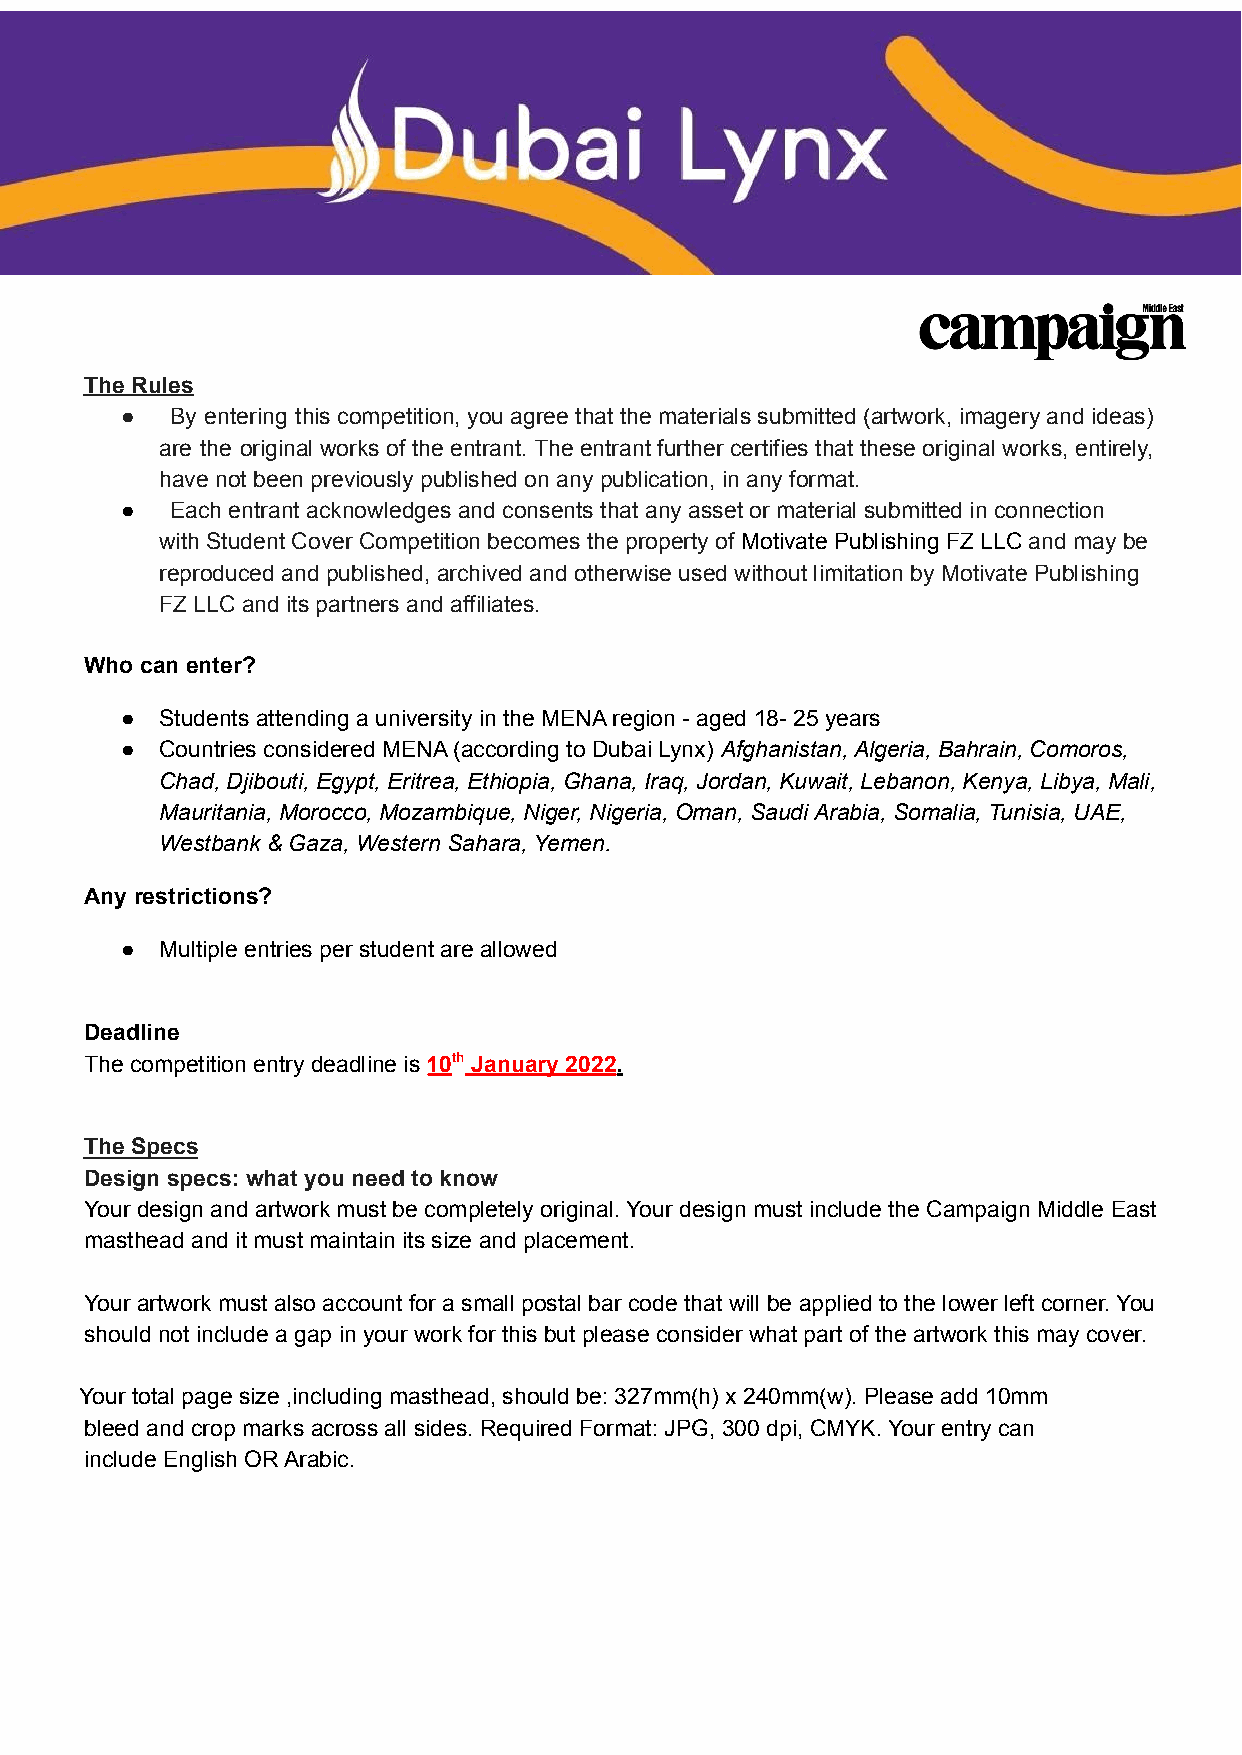
The Rules
 ●  By entering this competition, you agree that the materials submitted (artwork, imagery and ideas)
 are the original works of the entrant. The entrant further certifies that these original works, entirely,
 have not been previously published on any publication, in any format.
 ●  Each entrant acknowledges and consents that any asset or material submitted in connection
 with Student Cover Competition becomes the property of Motivate Publishing FZ LLC and may be
 reproduced and published, archived and otherwise used without limitation by Motivate Publishing
 FZ LLC and its partners and affiliates.
 Who can enter?
 ●  Students attending a university in the MENA region - aged 18- 25 years
 ●  Countries considered MENA (according to Dubai Lynx) Afghanistan, Algeria, Bahrain, Comoros,
 Chad, Djibouti, Egypt, Eritrea, Ethiopia, Ghana, Iraq, Jordan, Kuwait, Lebanon, Kenya, Libya, Mali,
 Mauritania, Morocco, Mozambique, Niger, Nigeria, Oman, Saudi Arabia, Somalia, Tunisia, UAE,
 Westbank & Gaza, Western Sahara, Yemen.
 Any restrictions?
 ●  Multiple entries per student are allowed
 Deadline
 The competition entry deadline is 10th January 2022.
 The Specs
 Design specs: what you need to know
 Your design and artwork must be completely original. Your design must include the Campaign Middle East
 masthead and it must maintain its size and placement.
 Your artwork must also account for a small postal bar code that will be applied to the lower left corner. You
 should not include a gap in your work for this but please consider what part of the artwork this may cover.
 Your total page size ,including masthead, should be: 327mm(h) x 240mm(w). Please add 10mm
 bleed and crop marks across all sides. Required Format: JPG, 300 dpi, CMYK. Your entry can
 include English OR Arabic.